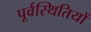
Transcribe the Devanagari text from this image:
पूर्वस्थितियों